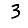
Digit: 3